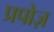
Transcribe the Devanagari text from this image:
प्रपोज़